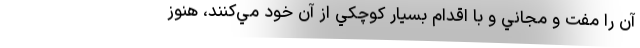
آن را مفت و مجاني و با اقدام بسيار كوچكي از آنِ خود مي‌كنند، هنوز